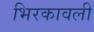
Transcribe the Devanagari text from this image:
भिरकावली